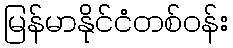
မြန်မာနိုင်ငံတစ်ဝန်း